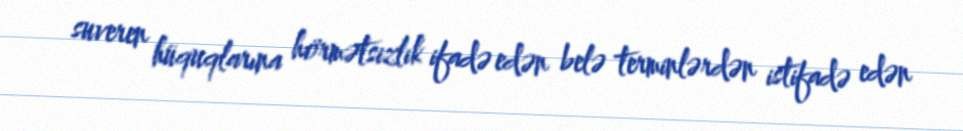
suveren hüquqlarına hörmətsizlik ifadə edən belə terminlərdən istifadə edən